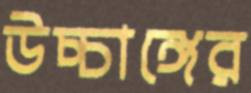
উচ্চাঙ্গের